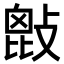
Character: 𢾱